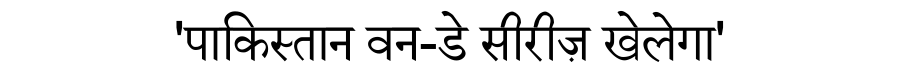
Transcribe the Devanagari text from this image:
'पाकिस्तान वन-डे सीरीज़ खेलेगा'